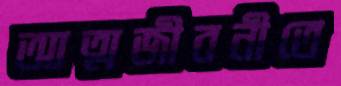
আত্মজীবনীতে